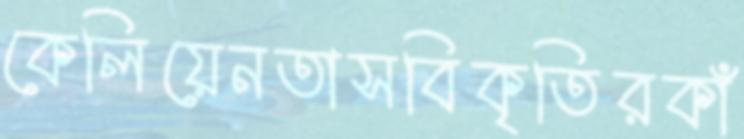
কেলিয়েনতাসবিকৃতিরকাঁ